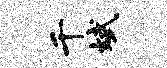
千斌